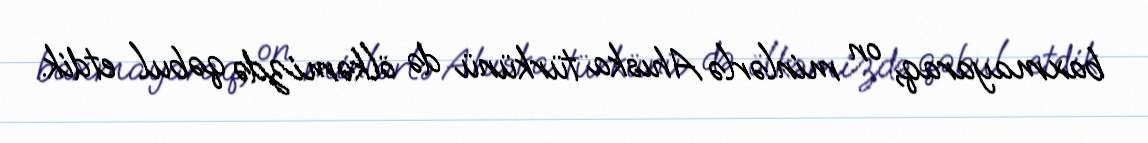
baxmayaraq, on minlərlə Ahıska türkünü də ölkəmizdə qəbul etdik.